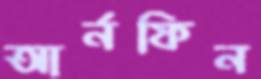
আর্নফিন